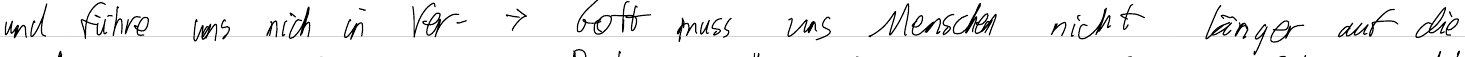
und führe und nicht in Ver-   -> Gott muss uns Menschen nicht länger auf die